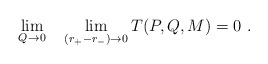
\begin{align*}\lim _{Q\rightarrow 0} \quad \lim _{(r_+ - r_-) \rightarrow 0}T(P,Q,M) = 0 \ .\end{align*}